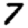
Digit: 7